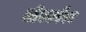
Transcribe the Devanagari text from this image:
जीवनगैरव